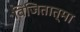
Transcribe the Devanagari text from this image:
विजितात्मा